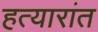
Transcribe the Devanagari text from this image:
हत्यारांत